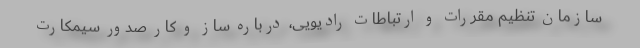
سازمان تنظیم مقررات و ارتباطات رادیویی، درباره ساز و کار صدور سیمکارت